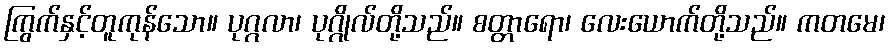
ကြွက်နှင့်တူကုန်သော။ ပုဂ္ဂလာ၊ ပုဂ္ဂိုလ်တို့သည်။ စတ္တာရော၊ လေးယောက်တို့သည်။ ကတမေ၊